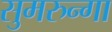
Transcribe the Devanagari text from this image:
सुमरुन्गा